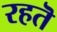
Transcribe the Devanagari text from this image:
रहतॆ